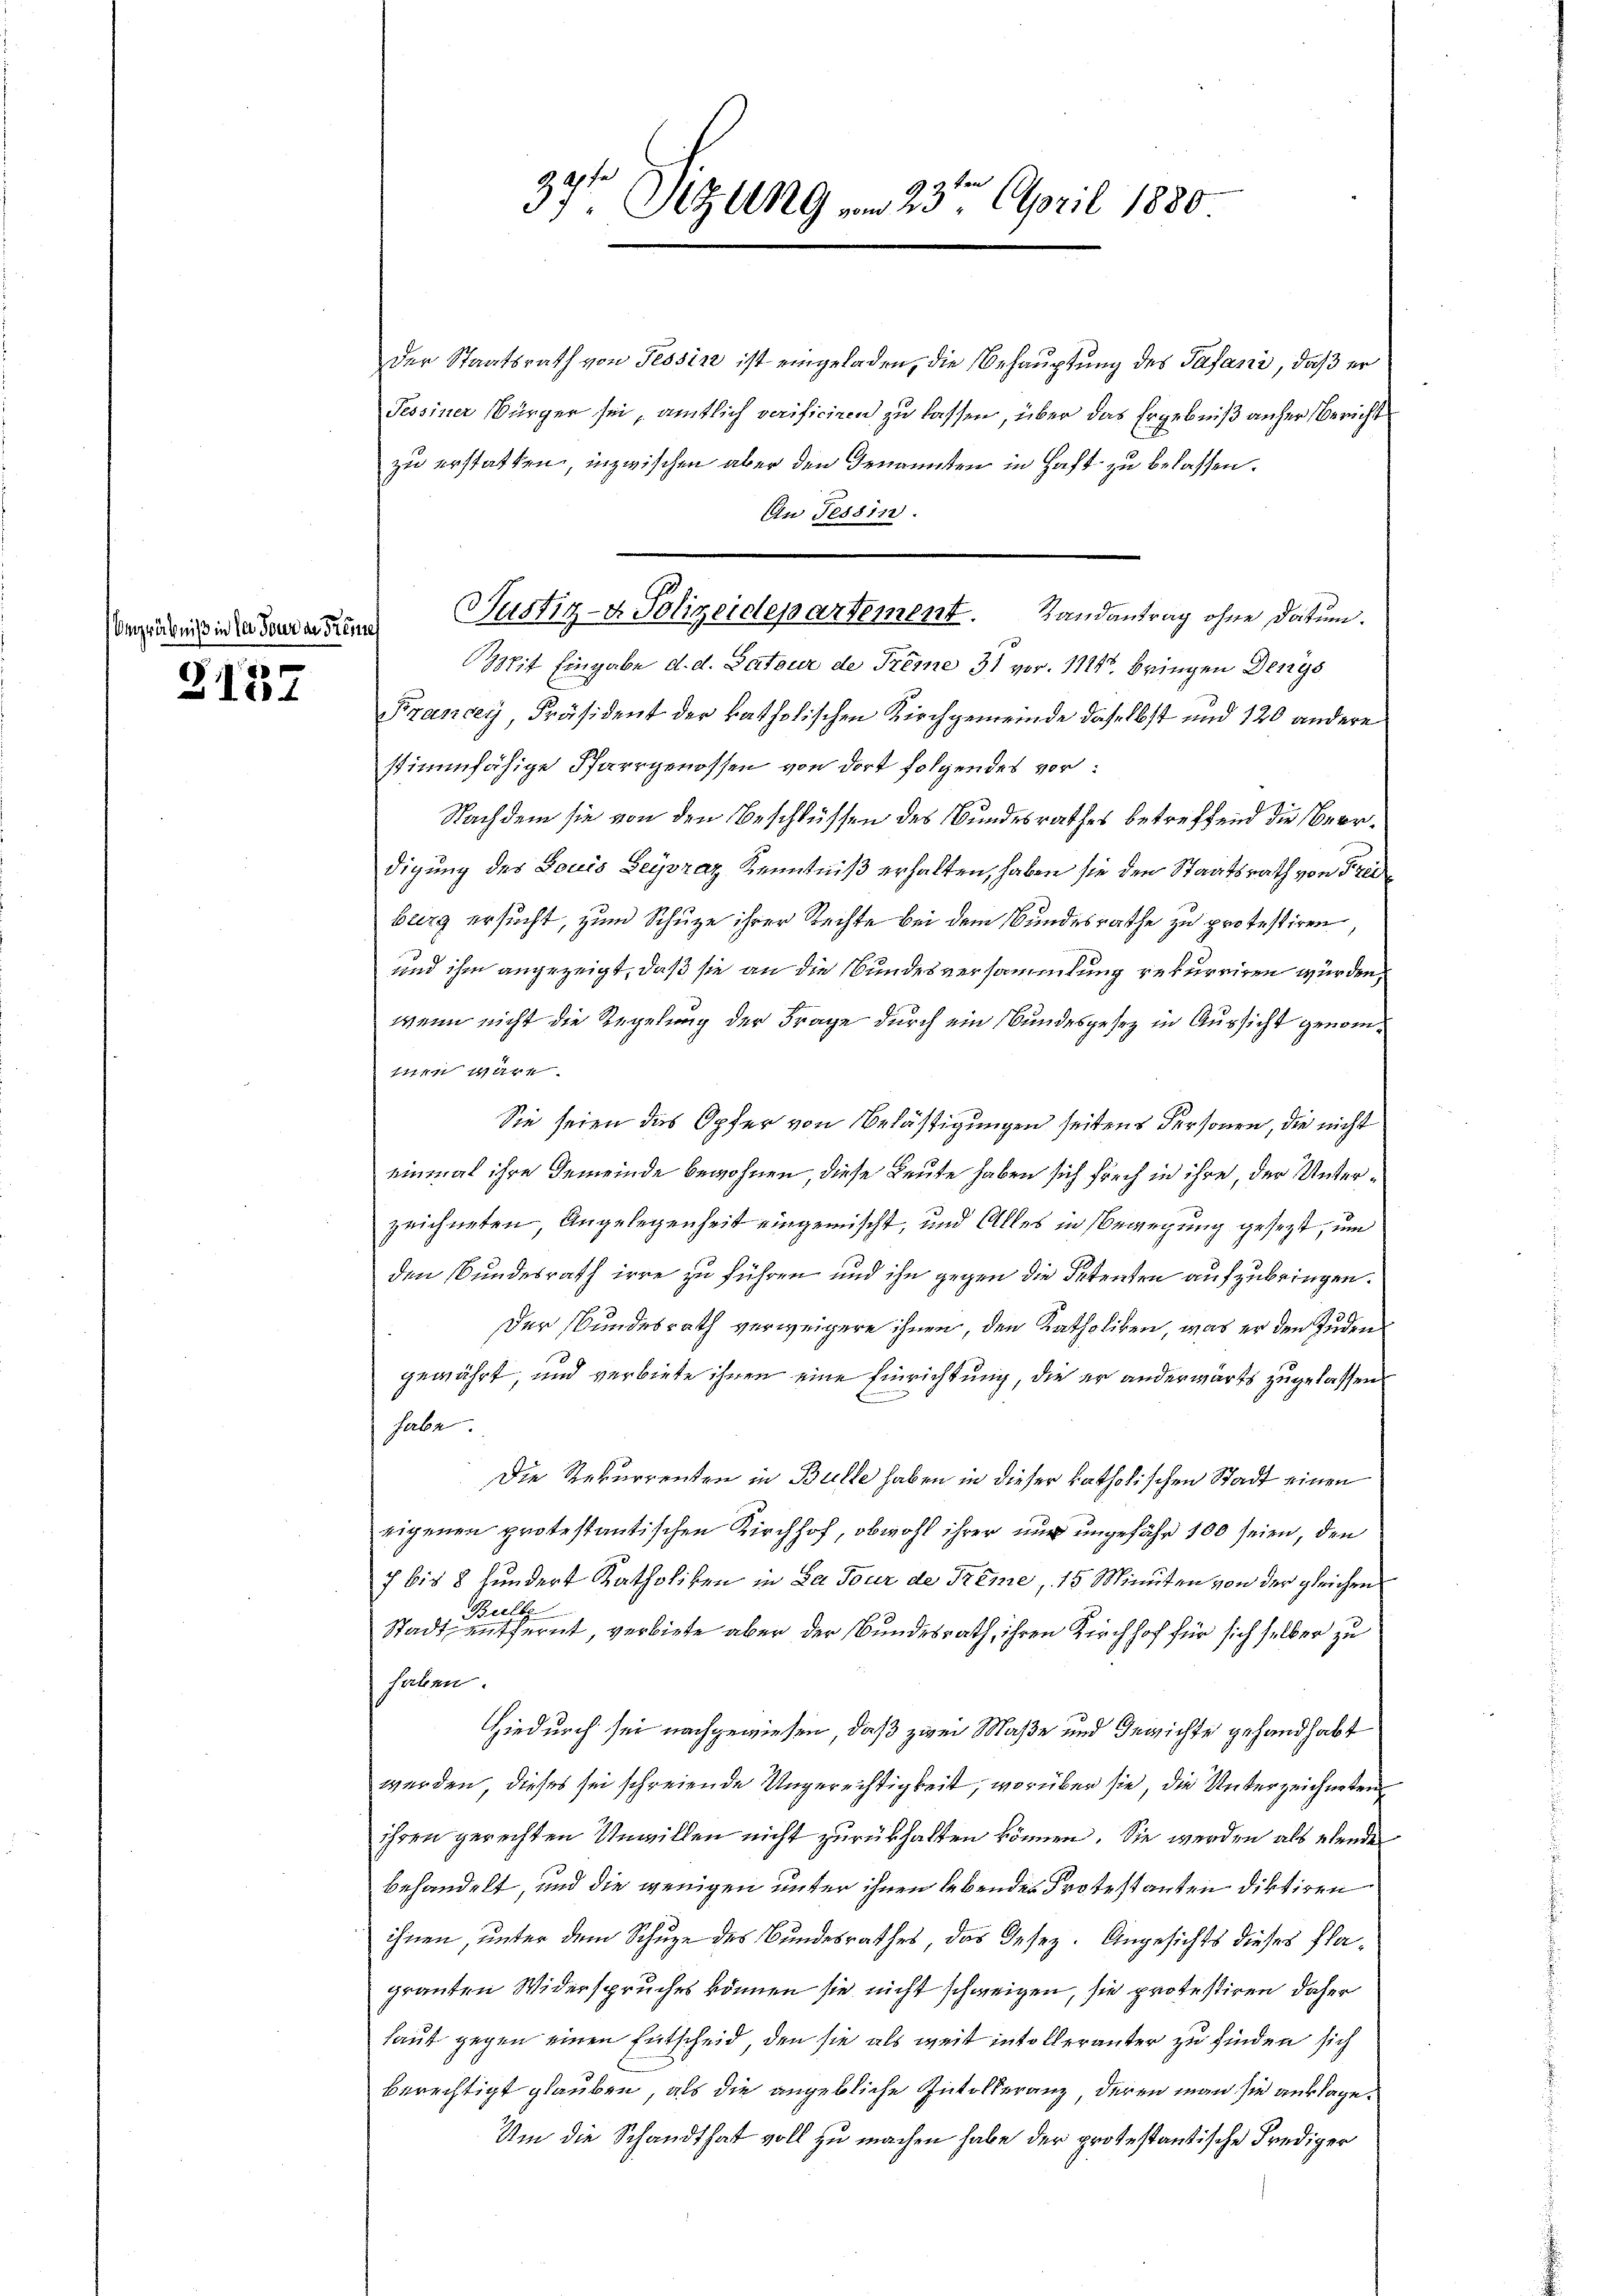
Vergräbniß in der Tour an Freine

2137

39te Sitzung am 23ten April 1880

Der Staatsrath von Tessin ist eingeladen, die Behauptung des Pasani, daß er
Tessiner Bürger sei, amtlich verificiren zu lassen, über das Ergebniß anher Bericht
zu erstatten, inzwischen aber den Genannten in Haft zu belassen.
En Tessin.
Mit Eingabe d. d. Patour de Trême 31 vor. 1114. bringen Dengs
Francey Präsident der katholischen Kirchgemeinde daselbst und 120 andere
stimmfähige Pfarrgenossen von dort folgendes vor:
Nachdem sie von den Beschlüssen des Bundesrathes betreffend die Beerdigung des Louis Beyszaz Kenntniß erhalten, haben sie den Staatsrath von Freiburg ersucht, zum Schuze ihrer Rechte bei dem Bundesrathe zu protestiren,
und ihm angezeigt, daß sie an die Bundesversammlung rekurriren würden,
wenn nicht die Regelung der Frage durch ein Bundesgesez in Aussicht genom¬
114 Ar
Sie seien das Opfer von Belästigungen seitens Personen, die nicht
einmal ihre Gemeinde bewohnen, diese Leute haben sich frech in ihre, der Unterzeichneten, Angelegenheit eingemischt, und Alles in Bewegung gesezt, um
den Bundesrath irre zu führen und ihn gegen die Petenten aufzubringen.
Der Bundesrath verweigere ihnen, den Katholiken, was er den Judengewährt, und verbiete ihnen eine Einrichtung, die er anderwärts zugelassen
habe
Die Rekurrenten in Bulle haben in dieser katholischen Stadt einen
eigenen protestantischen Kirchhof, obwohl ihrer nur ungefähr 100 seien, den
7 bis 8 hundert Katholiken in La Tour de Kreme, 15 Minuten von der gleichen
Bulle
Stadt entfernt, verbiete aber der Bundesrath, ihren Kirchhof für sich selber zu
haben.
Hiedurch sei nachgewiesen, daß zwei Maße und Gewichte gehandhabt
werden, dieses sei schreiende Ungerechtigkeit, worüber sie, die Unterzeichneten
ihren gerechten Unwillen nicht zurückhalten können. Sie werden als ebende
behandelt, und die wenigen unter ihnen lebendes Protestanten diktiven
ihnen, unter dem Schuze des Bundesrathes, das Gesez. Angesichts dieses Plagranten Widerspruches können sie nicht schweigen, sie protestiren daher
laut gegen einen Entscheid, den sie als weit intoller unter zu finden sich
berechtigt glauben, als die angebliche Intelleranz, deren man sie anklage¬
Um die Schandthat voll zu machen habe der protestantische Prediger

Justiz- & Polizeidepartement. Landantrag ohne Datum.